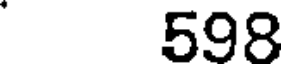
598